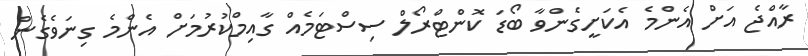
ރާއްޖެ އަށް އެންމެ އެކަށީގެންވާ ބޯޑަ ކޮންޓްރޯލް ސިސްޓަމެއް ގާއިމްކުރުމަށް އެންމެ ގިނަވެގެން